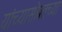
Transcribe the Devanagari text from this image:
यांच्यासोबतच्या